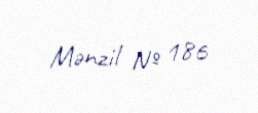
Mənzil № 186